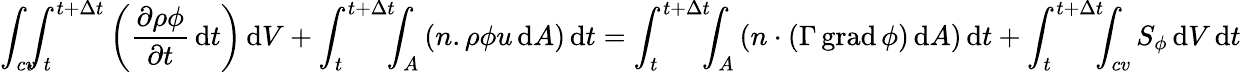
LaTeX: \int_{cv}\! \! \! \int_{t}^{t+\Delta t}\left({\frac{\partial\rho\phi}{\partial t}}\, \mathrm{d}t\right)\, \mathrm{d}V+\int_{t}^{t+\Delta t}\! \! \! \int_{A}\left(n.{\rho\phi u}\, \mathrm{d}A\right)\, \mathrm{d}t=\int_{t}^{t+\Delta t}\! \! \! \int_{A}\left(n\cdot\left(\Gamma\operatorname{grad}\phi\right)\, \mathrm{d}A\right)\, \mathrm{d}t+\int_{t}^{t+\Delta t}\! \! \! \int_{cv}S_{\phi}\, \mathrm{d}V\, \mathrm{d}t